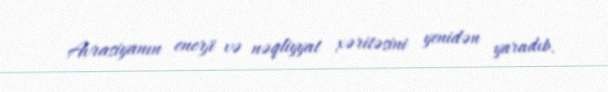
Avrasiyanın enerji və nəqliyyat xəritəsini yenidən yaradıb.